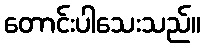
တောင်းပါသေးသည်။